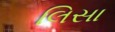
લિસા